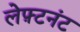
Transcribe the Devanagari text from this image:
लेफ़्टनंट